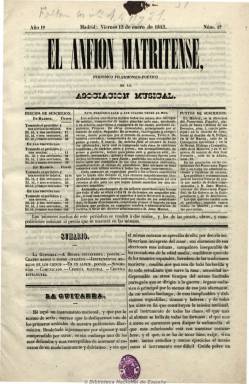
Título: El Anfión matritense
Colección: Música
Ámbito geográfico: Madrid
Lugar de publicación: Madrid
Fechas: 13/01/1843-02/07/1843

Con el subtítulo “periódico filarmónico-poético de la Asociación Musical”, al que más tarde se le añade también el calificativo de “pintoresco”, se editó cuatro veces al mes durante el primer semestre de 1843. Su editor propietario, que aparece como director administrativo, es Juan Manini, director de la Asociación Musical El Panorama Español, en cuya imprenta se imprimió. Indalecio Soriano Fuertes será su director musical y Miguel Agustín Príncipe, su director literario, que serán también los principales redactores.

Periódico con una cuidada impresión dedicado íntegramente al arte musical, incluye artículos sobre teoría,  instrumentos, técnicas, métodos, adelantos e historia musical y de solfeo, siendo la primera publicación que presta atención a la guitarra. También publicará notas biográficas de artistas y dos secciones de crónicas, una nacional y otra extranjera, con noticias y crónicas de funciones, conciertos musicales y compañías líricas. Además de algunos anuncios comerciales y un grabado en su número 12, da cabida a las composiciones poéticas de autoras como Gertrudis Gómez de Avellaneda, Ángela Grassi, Carolina Coronado, Josefa Moreno y Nartos y Robustiana Armiño de Cuesta. También colaboran Antonio Alcalá Galiano, Pedro Mata y Joaquín Gaztambide, entre otros.

De ocho páginas por número y paginación continuada, ofreció también dos entregas semestrales de tres láminas cada una.